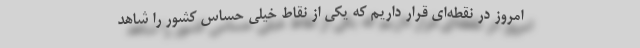
امروز در نقطه‌ای قرار داریم که یکی از نقاط خیلی حساس کشور را شاهد